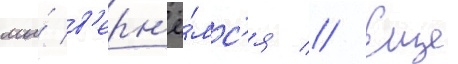
мы́ в'ерн'ё́мс'я // Еще